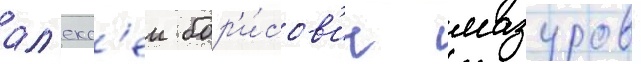
ал'екс'еи бор'и́сов'ич мазуров -